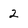
Character: 2